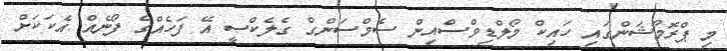
މި ޕްރޮމޯޝަންގައި ހައިކް މޯލްޑިވްސްއިން ސެމްސަންގް ގެލެކްސީ އޭ ފަހެއްގެ ފޯނެއް އެކަކަށް